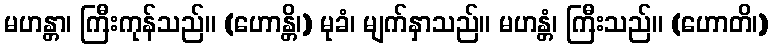
မဟန္တာ၊ ကြီးကုန်သည်။ (ဟောန္တိ၊) မုခံ၊ မျက်နှာသည်။ မဟန္တံ၊ ကြီးသည်။ (ဟောတိ၊)